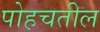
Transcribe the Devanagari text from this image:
पोहचतील